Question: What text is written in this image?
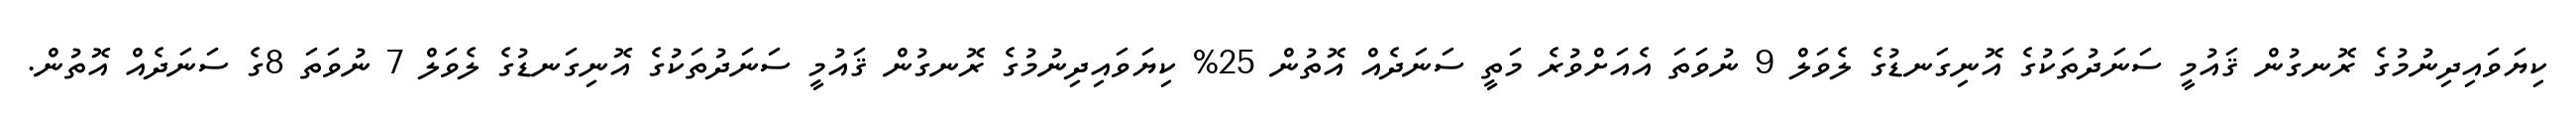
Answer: ކިޔަވައިދިނުމުގެ ރޮނގުން ޤައުމީ ސަނަދުތަކުގެ އޮނިގަނޑުގެ ލެވަލް 9 ނުވަތަ އެއަށްވުރެ މަތީ ސަނަދެއް އޮތުން 25% ކިޔަވައިދިނުމުގެ ރޮނގުން ޤައުމީ ސަނަދުތަކުގެ އޮނިގަނޑުގެ ލެވަލް 7 ނުވަތަ 8ގެ ސަނަދެއް އޮތުން.